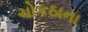
ચોકઠાના